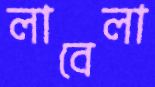
লাবেলা